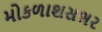
મોકળાશસભર